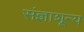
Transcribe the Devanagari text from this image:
संज्ञाशून्य